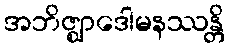
အဘိဇ္ဈာဒေါမနဿန္တိ